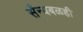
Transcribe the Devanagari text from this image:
सैन्यबळही